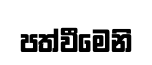
පත්වීමෙනි